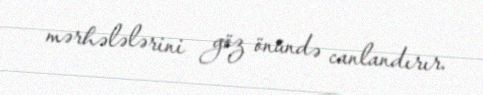
mərhələlərini göz önündə canlandırır.